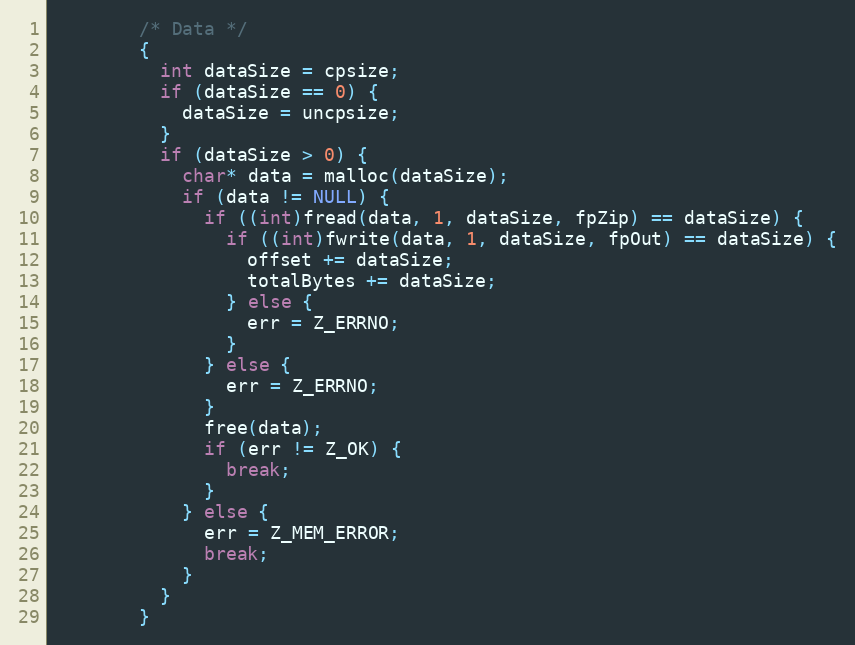
Language: C
        /* Data */
        {
          int dataSize = cpsize;
          if (dataSize == 0) {
            dataSize = uncpsize;
          }
          if (dataSize > 0) {
            char* data = malloc(dataSize);
            if (data != NULL) {
              if ((int)fread(data, 1, dataSize, fpZip) == dataSize) {
                if ((int)fwrite(data, 1, dataSize, fpOut) == dataSize) {
                  offset += dataSize;
                  totalBytes += dataSize;
                } else {
                  err = Z_ERRNO;
                }
              } else {
                err = Z_ERRNO;
              }
              free(data);
              if (err != Z_OK) {
                break;
              }
            } else {
              err = Z_MEM_ERROR;
              break;
            }
          }
        }